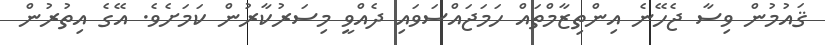
ޤައުމުން ވިސާ ޖެހޭނެ އިންތިޒާމްތައް ހަމަޖައްސަވައި ދެއްވީ މިސަރުކާރުން ކަމަށެވެ. އޭގެ އިތުރުން